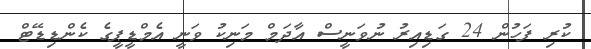
ކުރި ފަހުން 24 ގަޑިއިރު ނުވަނީސް އާދަމް މަނިކު ވަނީ އެމްޑީޕީގެ ކެންޑިޑޭޓް